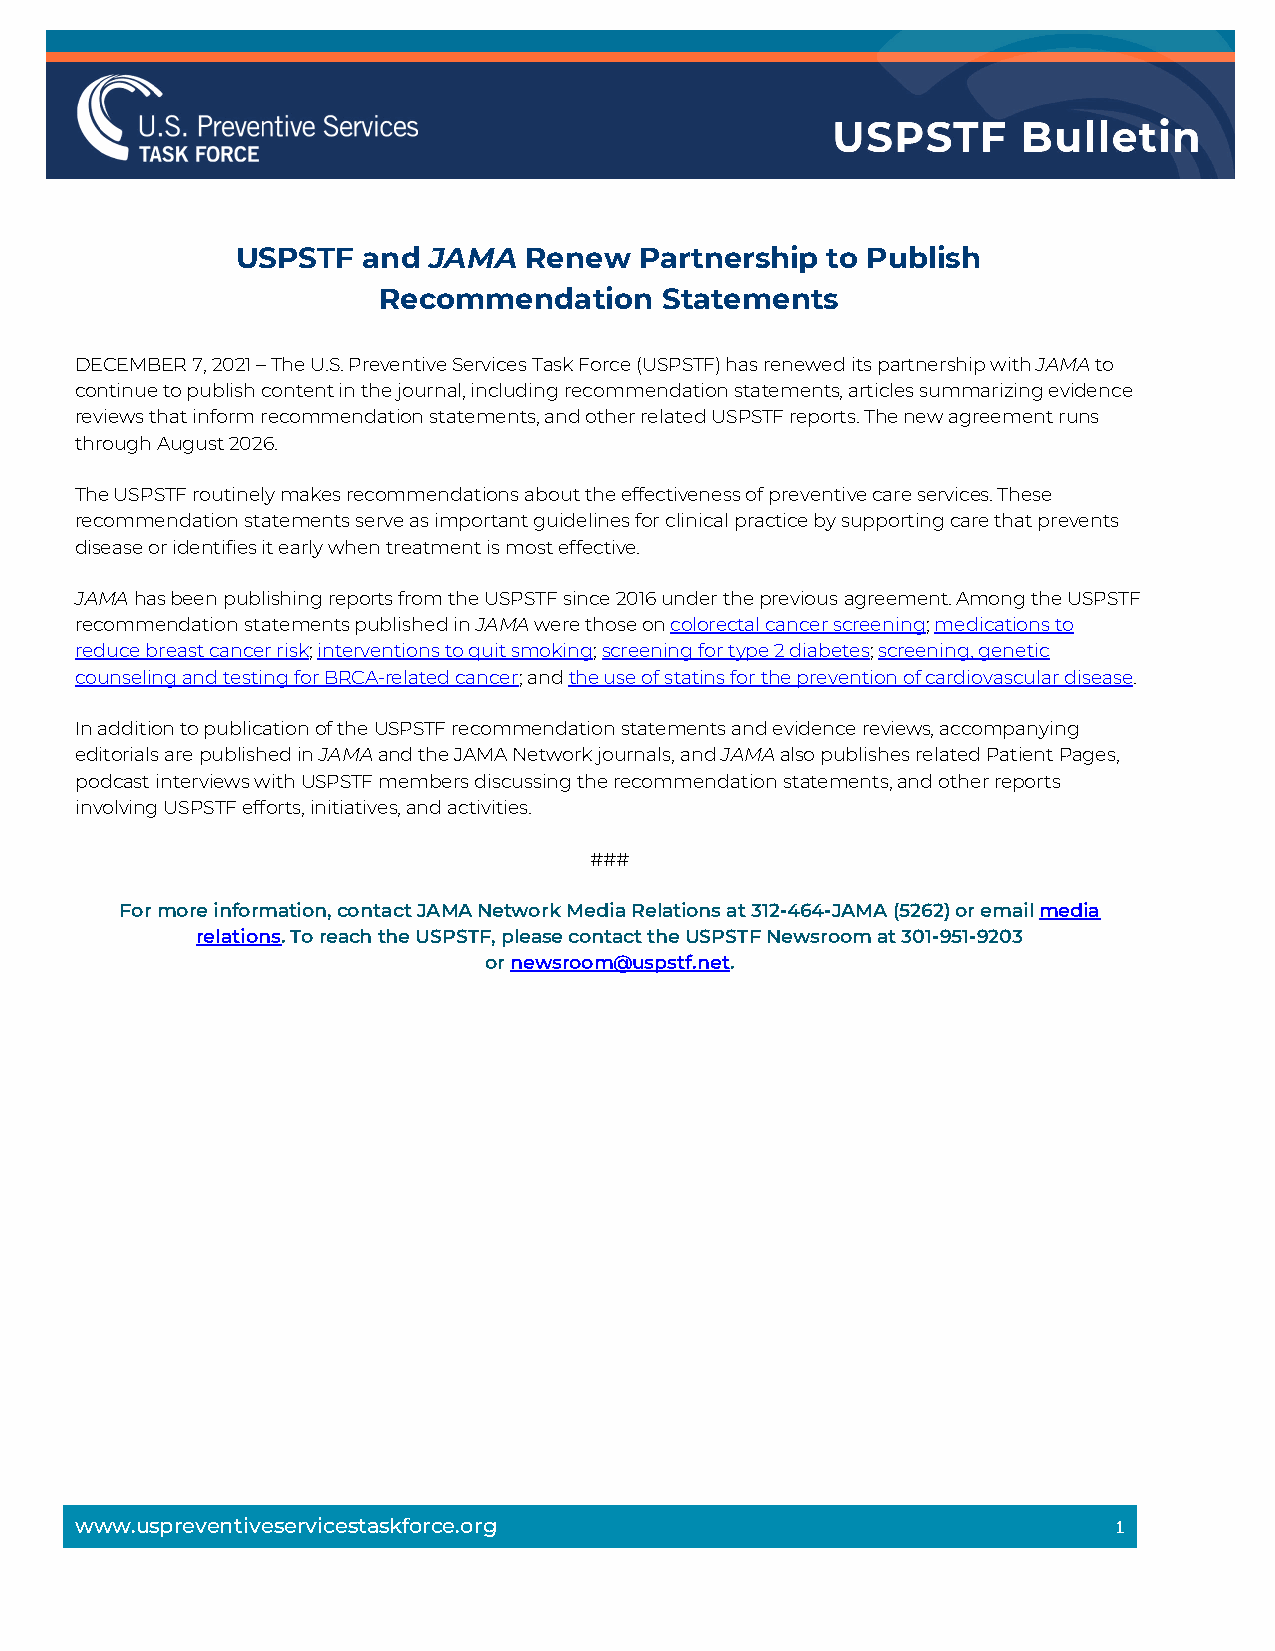
USPSTF  and JAMA   Renew  Partnership  to Publish
 Recommendation     Statements
 DECEMBER 7, 2021 – The U.S. Preventive Services Task Force (USPSTF) has renewed its partnership with JAMA to
 continue to publish content in the journal, including recommendation statements, articles summarizing evidence
 reviews that inform recommendation statements, and other related USPSTF reports. The new agreement runs
 through August 2026.
 The USPSTF routinely makes recommendations about the effectiveness of preventive care services. These
 recommendation statements serve as important guidelines for clinical practice by supporting care that prevents
 disease or identifies it early when treatment is most effective.
 JAMA has been publishing reports from the USPSTF since 2016 under the previous agreement. Among the USPSTF
 recommendation statements published in JAMA were those on colorectal cancer screening; medications to
 reduce breast cancer risk; interventions to quit smoking; screening for type 2 diabetes; screening, genetic
 counseling and testing for BRCA-related cancer; and the use of statins for the prevention of cardiovascular disease.
 In addition to publication of the USPSTF recommendation statements and evidence reviews, accompanying
 editorials are published in JAMA and the JAMA Network journals, and JAMA also publishes related Patient Pages,
 podcast interviews with USPSTF members discussing the recommendation statements, and other reports
 involving USPSTF efforts, initiatives, and activities.
 ###
 For more information, contact JAMA Network Media Relations at 312-464-JAMA (5262) or email media
 relations. To reach the USPSTF, please contact the USPSTF Newsroom at 301-951-9203
 or newsroom@uspstf.net.
 www.uspreventiveservicestaskforce.org                                1